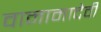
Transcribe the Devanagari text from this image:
वानामादेवी